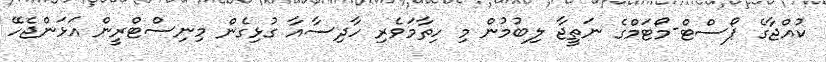
ކުއްޖާގެ ޕޯސްޓް-މޯޓަމްގެ ނަތީޖާ ލިބުމުން މި ހިތާމަވެރި ހާދިސާއާ ގުޅިގެން މިނިސްޓްރީން އަޅަންޖެހޭ